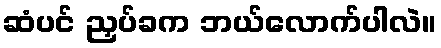
ဆံပင် ညှပ်ခက ဘယ်လောက်ပါလဲ။